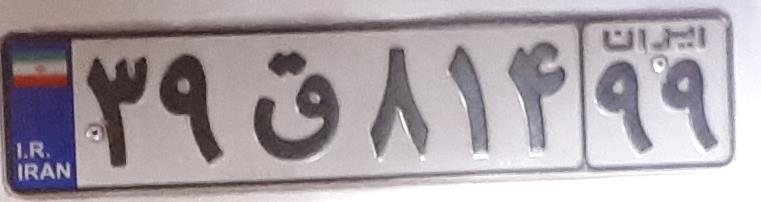
۳۹ق۸۱۴۹۹